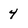
Character: 4